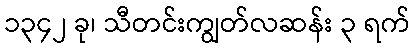
၁၃၄၂ ခု၊ သီတင်းကျွတ်လဆန်း ၃ ရက်